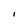
Character: I